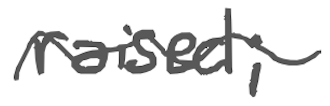
Text: raised;
Cross-out: wave
Writing tool: digital_gray